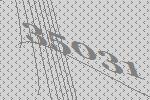
35031